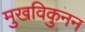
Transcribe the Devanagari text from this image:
मुखविकुनन